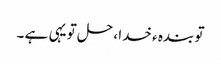
تو بندہ ء خدا ، حل تو یہی ہے ۔